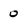
Character: 0